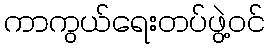
ကာကွယ်ရေးတပ်ဖွဲ့ဝင်